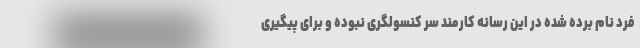
فرد نام برده شده در این رسانه کارمند سر کنسولگری نبوده و برای پیگیری